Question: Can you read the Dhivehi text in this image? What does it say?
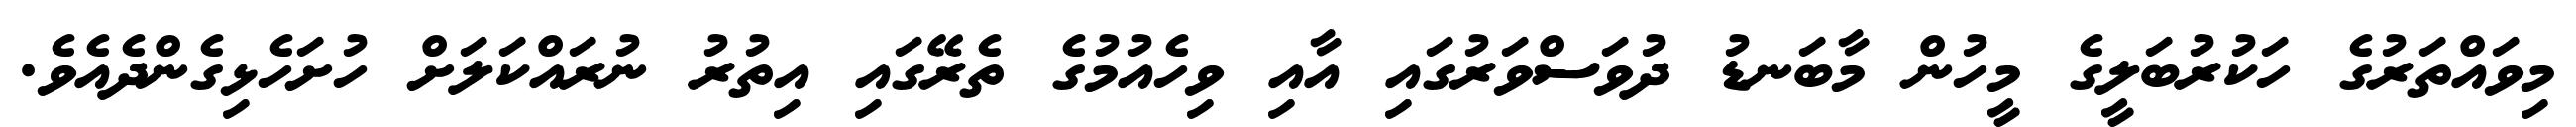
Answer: މިވައްތަރުގެ ހަކުރުބަލީގެ މީހުން މާބަނޑު ދުވަސްވަރުގައި އާއި ވިހެއުމުގެ ތެރޭގައި އިތުރު ނުރައްކަލަށް ހުށަހެޅިގެންދެއެވެ.